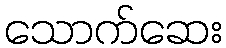
သောက်ဆေး